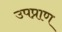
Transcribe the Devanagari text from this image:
उपप्राण